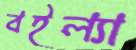
বইল্যা